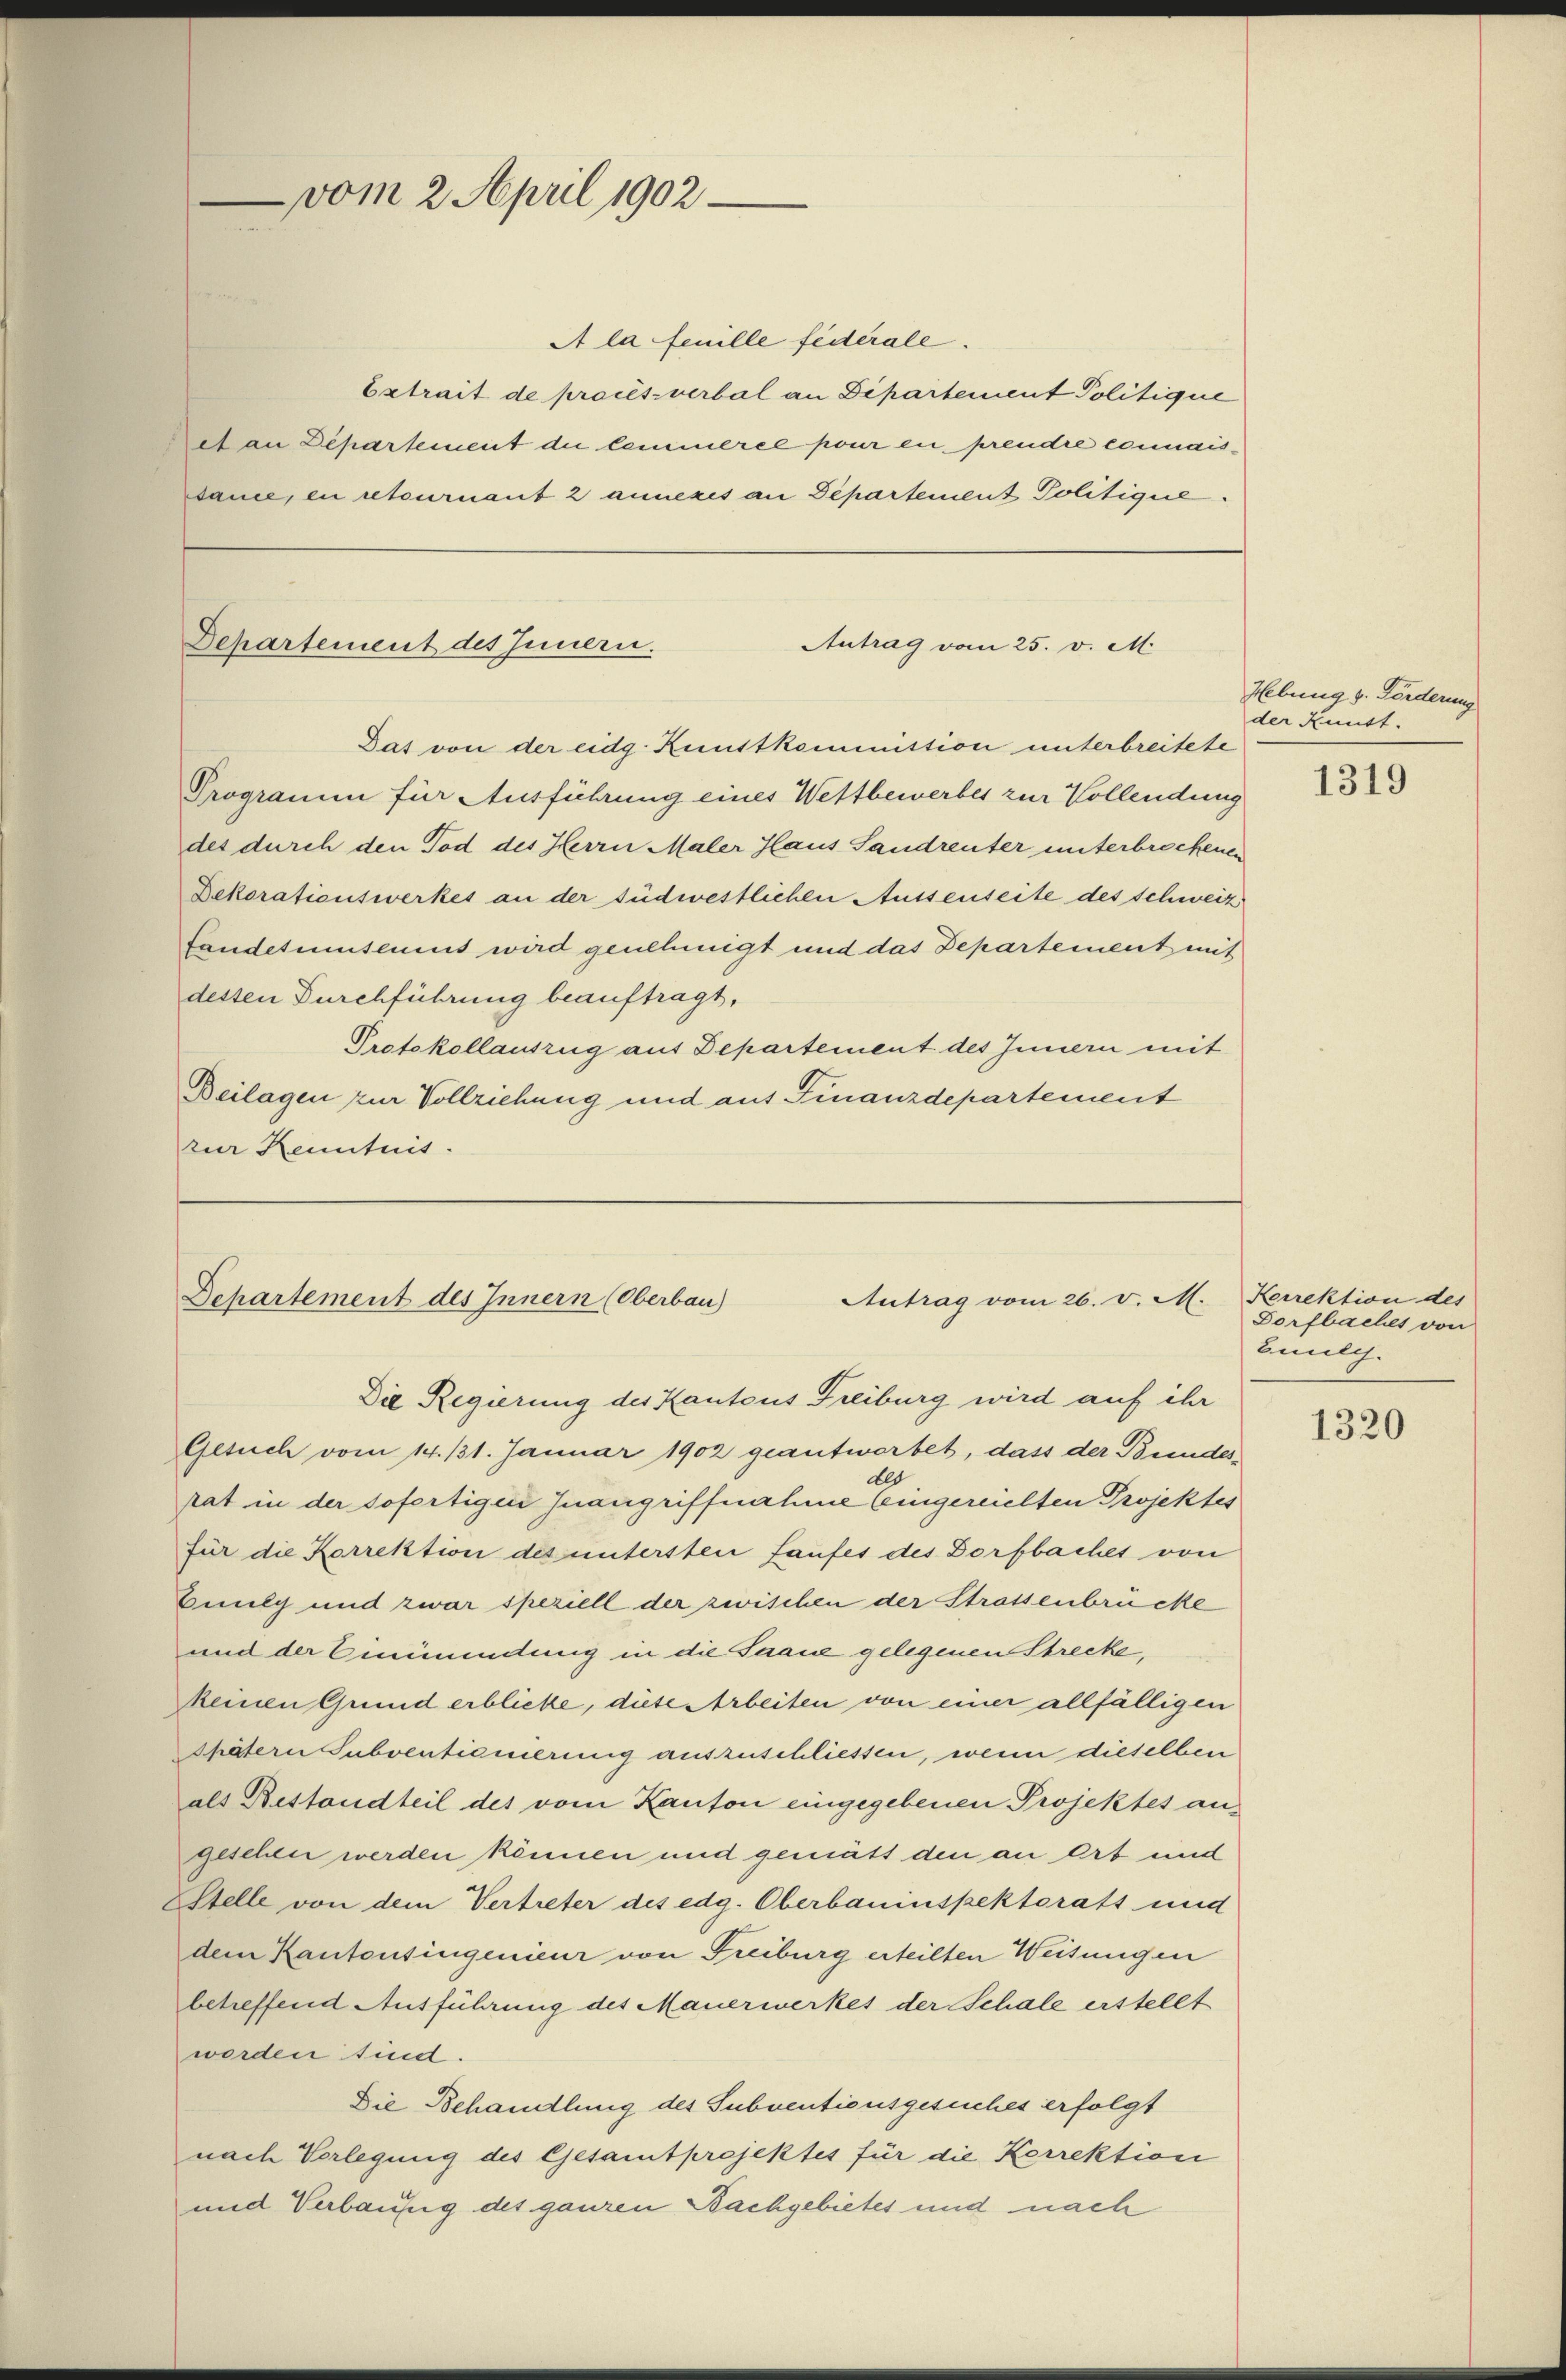
vom 2. April 1902

A la feuille federale.
Estrait de procès-verbal an Dipartement Politique
et an Departement die Commerel pour en prendre connais-
dame, en retournant 2 annexis an Departement Politique.

Departement des Innern.
Antrag vom 25. v. M.
Das von der eidg. Kunstkommission unterbreitete

Programm für Ausführung eines Wettbewerbes zur Vollendung
des durch den Tod des Herrn Maler Haus Sandreuter unterbrockenen
Dekorationswerkes an der südwestlichen Aussenseite des Schweiz
fandetumsemus wird genehmigt und das Departement mit
dessen Durchführung beauftragt,
Protokollauszug aus Departement des Innern mit
Beilagen zur Vollziehung und auf Finanzdepartement
zur Kenntnis.

Departement des Innern (Oberbau
Antrag vom 26. v. M.
Die Regierung des Kantons Freiburg wird auf ihr

Gesuch vom 14. 131. Januar 1902 geantwortet, dass der Bundes¬
Els
rat in der sofertigen Inangriffnahme eingereichten Projektes
für die Korrektion des untersten Laufes des Dorfbaches von
Beulg und zwar speziell der zwischen der Strassenbrücke
und der Einimundung in die Saane gelegenen Strecke,
keinen Grund erblicke, diese Arbeiten von einer allfälligen
shätern Subventiemerung auszuschliessen, wenn dieselben
als Bestandteil des vom Kanton eingegebenen Projektes angesehen werden können und gemütt den an Ort und
Stelle von dem Vertreter des edg. Oberbauinspektorats und
dem Kantonsingenieur von Freiburg erteilten Weisungen
betreffend Ausführung des Mauerwerkes der Schale erstellt
worden sind.
Die Behandlung des Subventionsgesuches erfolgt
nach Vorlegung des Gesamtprojektes für die Korrektion
und Verbaufig des ganzen Bachgebietes und nach

Hebung v. Förderung
der Kunst.

1319

Kerrektion des
Dorfbaches von
Bmlg.

1320